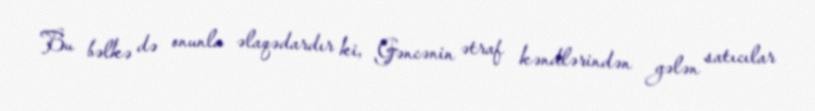
Bu bəlkə də onunla əlaqədardır ki, Gəncənin ətraf kəndlərindən gələn satıcılar